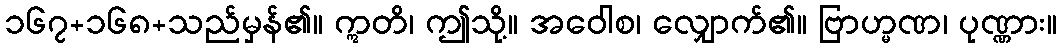
၁၆၇+၁၆၈+သည်မှန်၏။ ဣတိ၊ ဤသို့။ အဝေါစ၊ လျှောက်၏။ ဗြာဟ္မဏ၊ ပုဏ္ဏား။